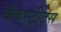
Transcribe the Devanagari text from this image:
बैकस्ट्रीट्स